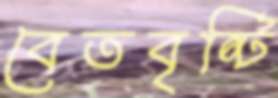
বেতবৃষ্টি